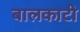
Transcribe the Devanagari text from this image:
बालकाटी